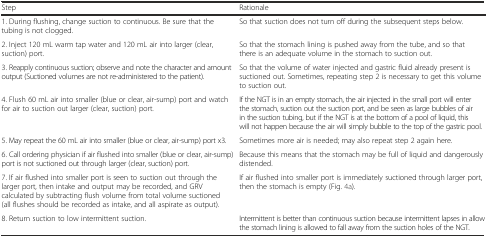
<table><thead><tr><td><b>Step</b></td><td><b>Rationale</b></td></tr></thead><tbody><tr><td>1. During flushing, change suction to continuous. Be sure that the tubing is not clogged.</td><td>So that suction does not turn off during the subsequent steps below.</td></tr><tr><td>2. Inject 120 mL warm tap water and 120 mL air into larger (clear, suction) port.</td><td>So that the stomach lining is pushed away from the tube, and so that there is an adequate volume in the stomach to suction out.</td></tr><tr><td>3. Reapply continuous suction; observe and note the character and amount output (Suctioned volumes are not re-administered to the patient).</td><td>So that the volume of water injected and gastric fluid already present is suctioned out. Sometimes, repeating step 2 is necessary to get this volume to suction out.</td></tr><tr><td>4. Flush 60 mL air into smaller (blue or clear, air-sump) port and watch for air to suction out larger (clear, suction) port.</td><td>If the NGT is in an empty stomach, the air injected in the small port will enter the stomach, suction out the suction port, and be seen as large bubbles of air in the suction tubing, but if the NGT is at the bottom of a pool of liquid, this will not happen because the air will simply bubble to the top of the gastric pool.</td></tr><tr><td>5. May repeat the 60 mL air into smaller (blue or clear, air-sump) port x3.</td><td>Sometimes more air is needed; may also repeat step 2 again here.</td></tr><tr><td>6. Call ordering physician if air flushed into smaller (blue or clear, air-sump) port is not suctioned out through larger (clear, suction) port.</td><td>Because this means that the stomach may be full of liquid and dangerously distended.</td></tr><tr><td>7. If air flushed into smaller port is seen to suction out through the larger port, then intake and output may be recorded, and GRV calculated by subtracting flush volume from total volume suctioned (all flushes should be recorded as intake, and all aspirate as output).</td><td>If air flushed into smaller port is immediately suctioned through larger port, then the stomach is empty (Fig. 4a).</td></tr><tr><td>8. Return suction to low intermittent suction.</td><td>Intermittent is better than continuous suction because intermittent lapses in allow the stomach lining is allowed to fall away from the suction holes of the NGT.</td></tr></tbody></table>